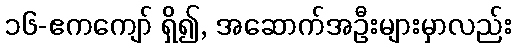
၁၆-ဧကကျော် ရှိ၍, အဆောက်အဦးများမှာလည်း